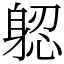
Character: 躵